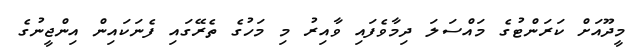
މީދޫއަށް ކަރަންޓުގެ މައްސަލަ ދިމާވެފައި ވާއިރު މި މަހުގެ ތެރޭގައި ފެނަކައިން އިންޖީނުގެ